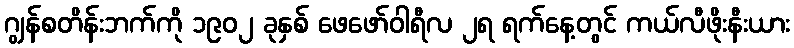
ဂျွန်စတိန်းဘက်ကို ၁၉၀၂ ခုနှစ် ဖေဖော်ဝါရီလ ၂ရ ရက်နေ့တွင် ကယ်လီဖိုးနီးယား